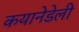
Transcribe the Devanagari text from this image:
कयानेडेली